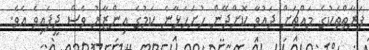
ފަރާތްތަކުގެ މައްޗަށް ދައުވާ ކޮށްދޭން ހުށަހަަޅާނެ ކަމުގެ އިންޒާރު ވެސް ދީފައިވެ އެވެ.